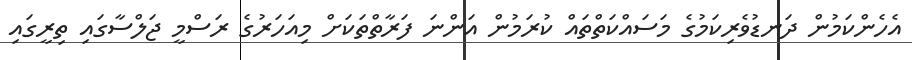
އެހެންކަމުން ދަނޑުވެރިކަމުގެ މަސައްކަތްތައް ކުރަމުން އަންނަ ފަރާތްތަކަށް މިއަހަރުގެ ރަސްމީ ޖަލްސާގައި ތިރީގައި